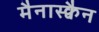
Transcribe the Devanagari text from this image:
मैनास्क्वैन